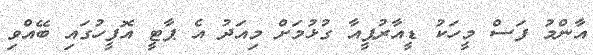
އާންމު ފަސް މީހަކު ޑީއާރުޕީއާ ގުޅުމަށް މިއަދު އެ ޕާޓީ އޮފީހުގައި ބޭއްވި